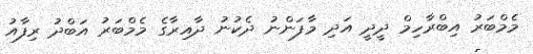
މެމްބަރު އިބްރާހިމް ދީދީ އަދި މާފަންނު ދެކުނު ދާއިރާގެ މެމްބަރު އަބްދު ރިފާއު